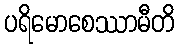
ပရိမောစေဿာမီတိ